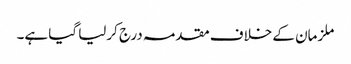
ملزمان کے خلاف مقدمہ درج کرلیا گیا ہے۔